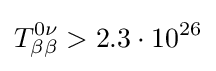
T_{\beta \beta }^{0\nu }>2.3\cdot 10^{26}